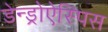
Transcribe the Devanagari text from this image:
डेन्ड्रोऐस्पिस